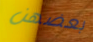
بعضهن